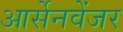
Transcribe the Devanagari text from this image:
आर्सेनवेंजर